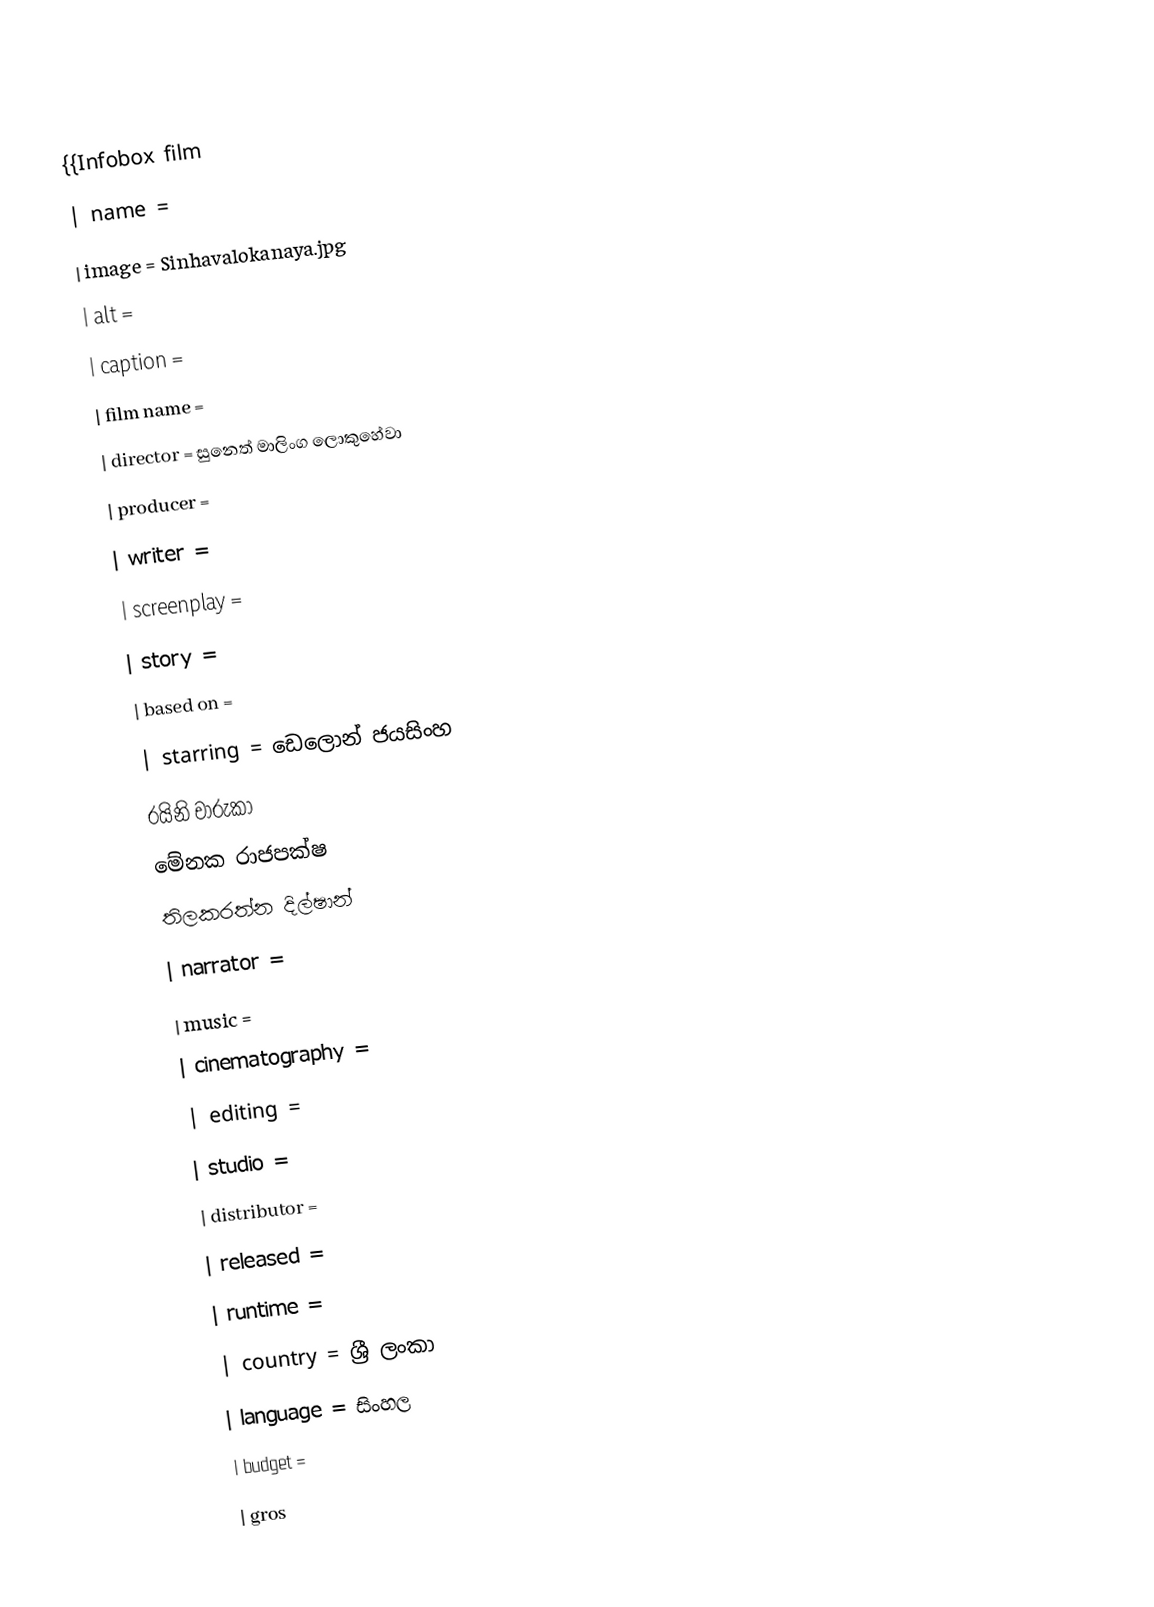
{{Infobox film
| name           =
| image          = Sinhavalokanaya.jpg
| alt            =
| caption        =
| film name      =
| director       = සුනෙත් මාලිංග ලොකුහේවා
| producer       =
| writer         =
| screenplay     =
| story          =
| based on       =
| starring       = ඩෙලොන් ජයසිංහ
රයිනි චාරුකා
මේනක රාජපක්ෂ
තිලකරත්න දිල්ෂාන්
| narrator       =
| music          =
| cinematography =
| editing        =
| studio         =
| distributor    =
| released       =
| runtime        =
| country        = ශ්‍රී ලංකා
| language       = සිංහල
| budget         =
| gros